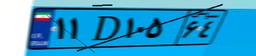
۵۱D۸۵۲۸۱